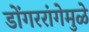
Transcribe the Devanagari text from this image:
डोंगररांगेमुळे